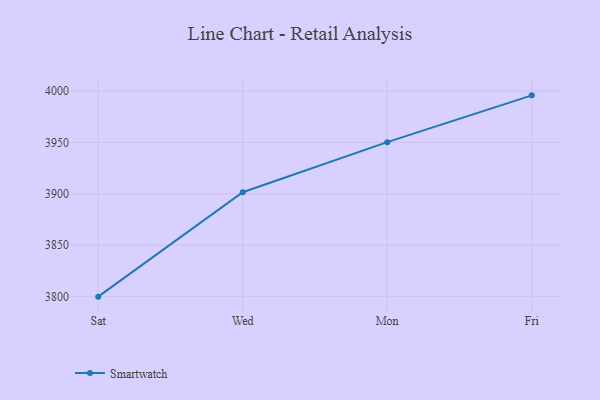
{"axis": {"x": "Day", "y": "Demand Index"}, "legend": ["Smartwatch"], "data": [{"x": "Sat", "y": 3800.0, "type": "Smartwatch"}, {"x": "Wed", "y": 3901.6, "type": "Smartwatch"}, {"x": "Mon", "y": 3950.3, "type": "Smartwatch"}, {"x": "Fri", "y": 3995.8, "type": "Smartwatch"}]}